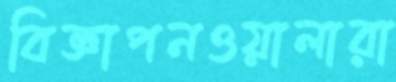
বিজ্ঞাপনওয়ালারা